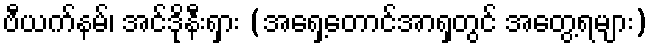
ဗီယက်နမ်၊ အင်ဒိုနီးရှား (အရှေ့တောင်အာရှတွင် အတွေ့ရများ)